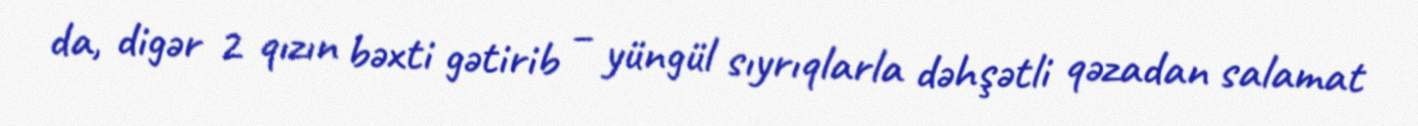
da, digər 2 qızın bəxti gətirib – yüngül sıyrıqlarla dəhşətli qəzadan salamat